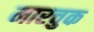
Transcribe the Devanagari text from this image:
मारचुक